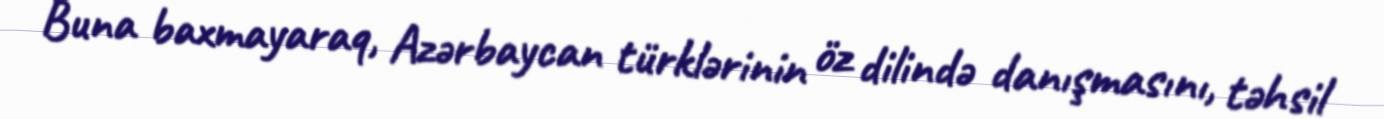
Buna baxmayaraq, Azərbaycan türklərinin öz dilində danışmasını, təhsil